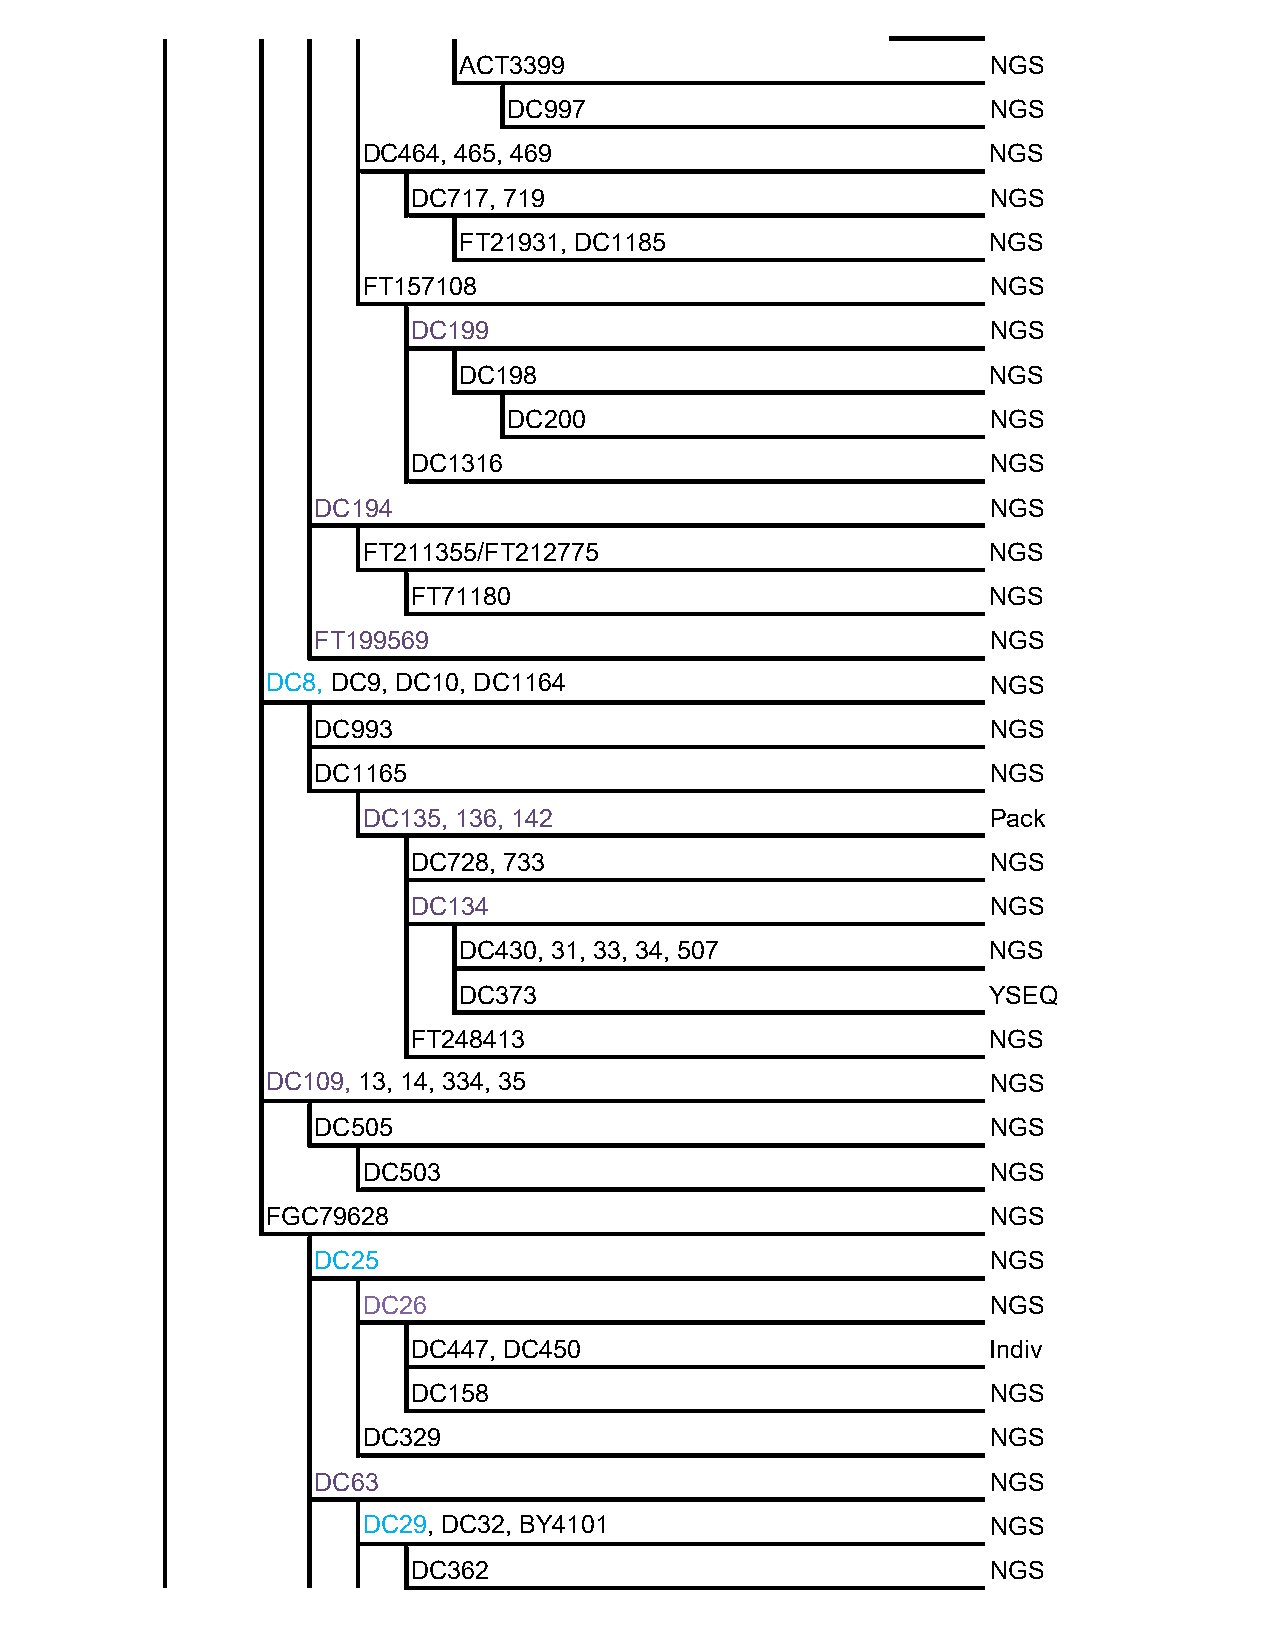
ACT3399                             NGS
 DC997                           NGS
 DC464, 465, 469                           NGS
 DC717, 719                             NGS
 FT21931, DC1185                     NGS
 FT157108                                  NGS
 DC199                                  NGS
 DC198                               NGS
 DC200                           NGS
 DC1316                                 NGS
 DC194                                        NGS
 FT211355/FT212775                         NGS
 FT71180                                NGS
 FT199569                                     NGS
 DC8, DC9, DC10, DC1164                          NGS
 DC993                                        NGS
 DC1165                                       NGS
 DC135, 136, 142                           Pack
 DC728, 733                             NGS
 DC134                                  NGS
 DC430, 31, 33, 34, 507              NGS
 DC373                               YSEQ
 FT248413                               NGS
 DC109, 13, 14, 334, 35                          NGS
 DC505                                        NGS
 DC503                                     NGS
 FGC79628                                        NGS
 DC25                                         NGS
 DC26                                      NGS
 DC447, DC450                           Indiv
 DC158                                  NGS
 DC329                                     NGS
 DC63                                         NGS
 DC29, DC32, BY4101                        NGS
 DC362                                  NGS